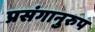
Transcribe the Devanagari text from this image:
प्रसंगानुरुप